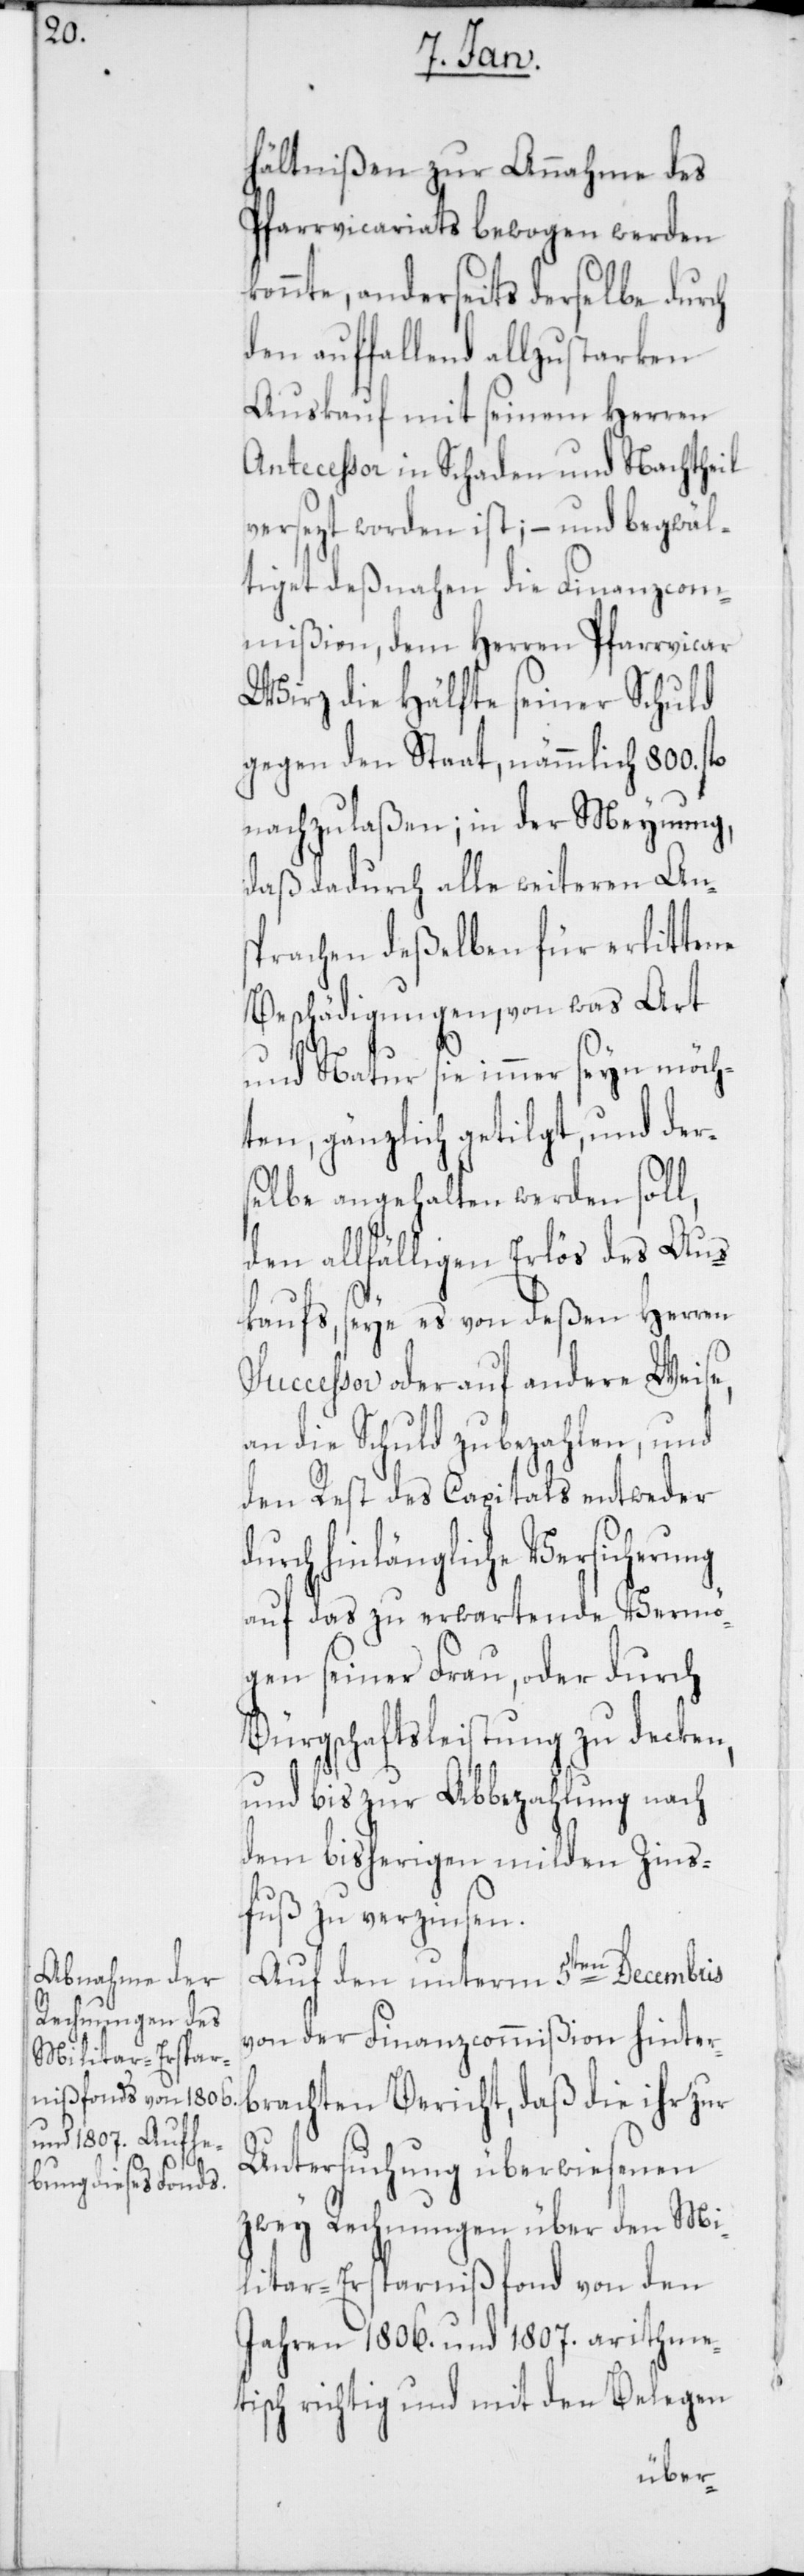
d¬

hältnißen zur Annahme des
Pfarrvicariats bewogen werden
konnte, anderseits derselbe durch
den auffallend allzustarken
Auskauf mit seinem Herren
Anteceßor in Schaden und Nachtheil
versezt worden ist, – und begwäl¬
tiget deßnahen die Finanzcom¬
mißion, dem Herren Pfarrvicar
Wirz die Hälfte seiner Schuld
gegen den Staat, nämmlich 800. fl.
nachzulaßen; in der Meynung,
daß dadurch alle weiteren Ans¬
prachen deßelben für erlittene
Beschädigungen, von was Art
und Natur sie immer seyn möch¬
ten, gänzlich getilgt, und ders¬
elbe angehalten werden soll,
den allfähligen Erlös des Aus¬
kaufs, seye es von deßen Herren
Succeßor oder auf andere Weise,
an die Schuld zu bezahlen, und
den Rest des Capitals entweder
urch hinlängliche Versicherung
auf das zu erwartende Vermö¬
gen seiner Frau, oder durch
Bürgschaftsleistung zu decken,
und bis zur Abbezahlung nach
dem bisherigen milden Zins¬
fuß zu verzinsen.
Auf den unterm 5ten Decembris
von der Finanzcommißion hinter¬
brachten Bericht, daß die ihr zur
Untersuchung überwiesenen
zwey Rechnungen über den Mi¬
litar-Ersparnißfond von den
Jahren 1806. und 1807. arithme¬
tisch richtig und mit den Belegen